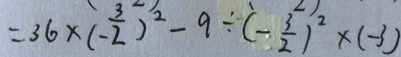
= 3 6 \times ( - \frac { 3 } { 2 } ) ^ { 2 } - 9 \div ( - \frac { 3 } { 2 } ) ^ { 2 } \times ( - 3 )